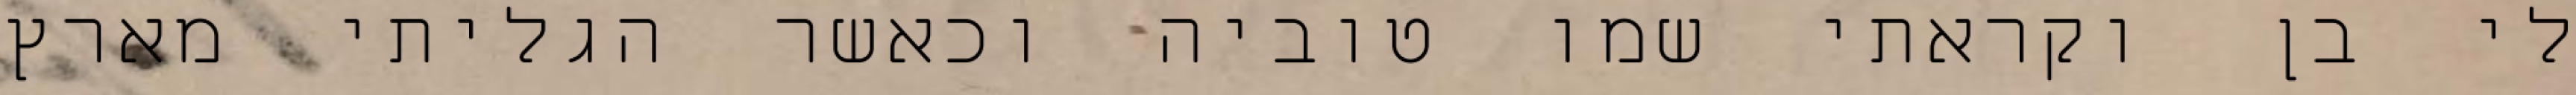
לי בן וקראתי שמו טוביה וכאשר הגליתי מארץ